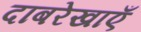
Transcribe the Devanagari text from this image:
दाबरेखाएँ